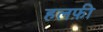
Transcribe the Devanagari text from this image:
हलफ़ी